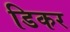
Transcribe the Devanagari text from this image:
डिकर